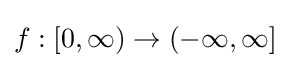
f:[0,\infty )\to (-\infty ,\infty ]